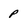
Character: P